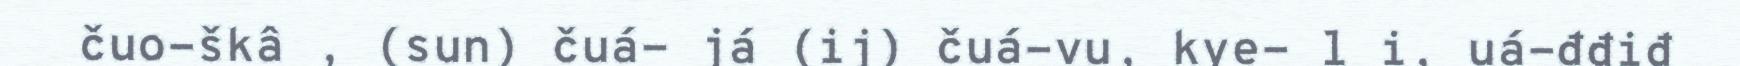
čuo-škâ , (sun) čuá- já (ij) čuá-vu, kye- l i, uá-đđiđ